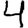
Digit: 4